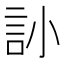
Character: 䚱